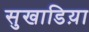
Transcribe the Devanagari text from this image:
सुखाडिय़ा